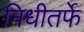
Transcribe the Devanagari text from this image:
निधीतर्फे